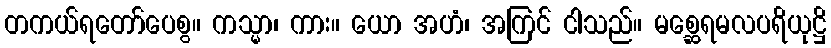
တကယ်ရတော်ပေစွ။ ကသ္မာ၊ ကား။ ယော အဟံ၊ အကြင် ငါသည်။ မစ္ဆေရမလပရိယုဋ္ဌိ